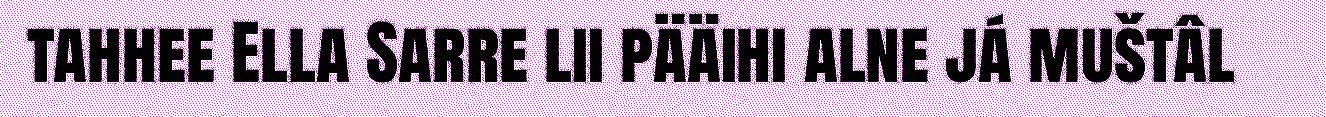
tahhee Ella Sarre lii pääihi alne já muštâl